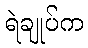
ရဲချုပ်က